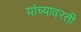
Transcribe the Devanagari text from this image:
यांच्यावरती